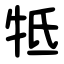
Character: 牴